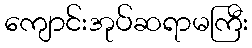
ကျောင်းအုပ်ဆရာမကြီး